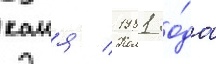
каия / 1981 го́да